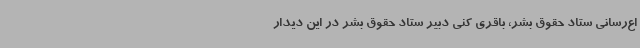
اع‌رسانی ستاد حقوق بشر، باقری کنی دبیر ستاد حقوق بشر در این دیدار